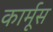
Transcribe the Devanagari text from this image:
कार्मूस